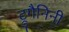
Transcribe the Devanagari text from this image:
ट्रुगैनिनी